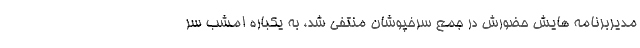
مدیربرنامه هایش حضورش در جمع سرخپوشان منتفی شد، به یکباره امشب سر